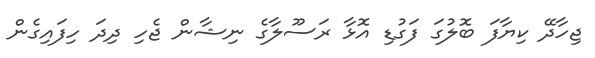
ޖިހާދޭ ކިޔާފަ ބޮލުގަ ފަގުޑި އޮޅާ ރަސޫލާގެ ނިޝާން ޖެހި ދިދަ ހިފައިގެން